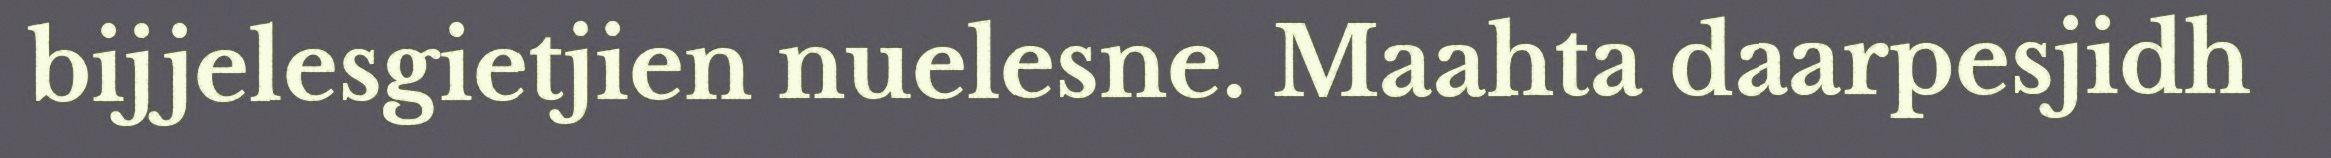
bijjelesgietjien nuelesne. Maahta daarpesjidh